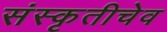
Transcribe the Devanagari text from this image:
संस्कृतीचेव